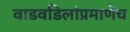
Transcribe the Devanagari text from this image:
वाडवडिलांप्रमाणेच